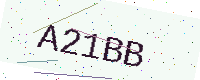
Text: A21BB